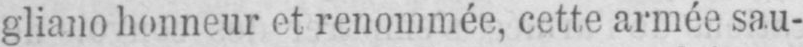
gliano honneur et renommée, cette armée sau-